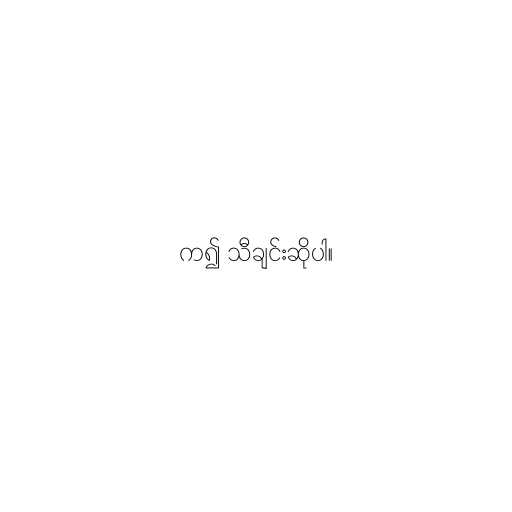
က၍ သီချင်းဆိုပါ။